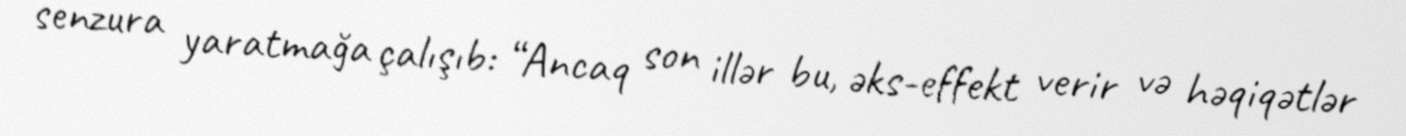
senzura yaratmağa çalışıb: “Ancaq son illər bu, əks-effekt verir və həqiqətlər